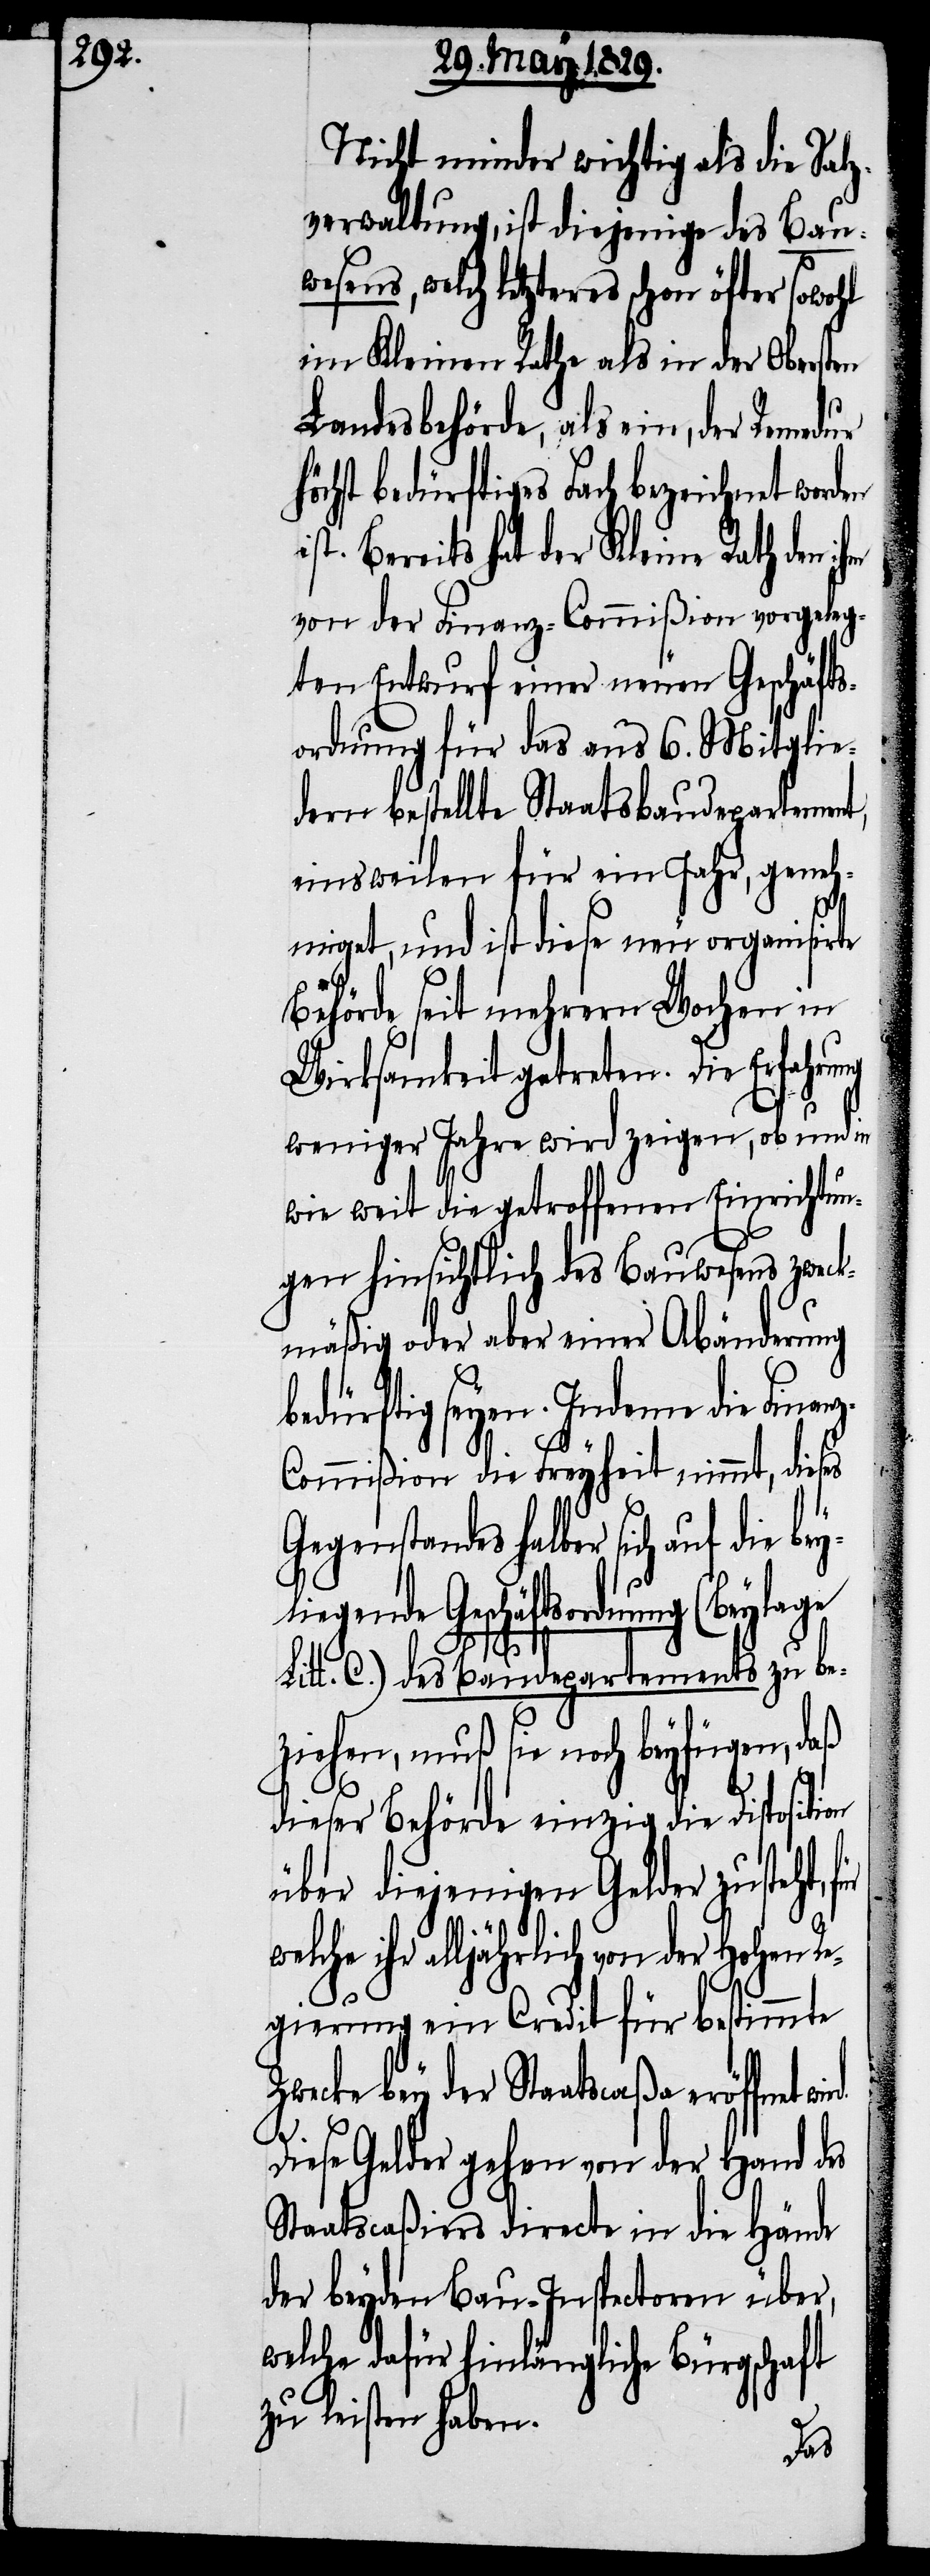
Nicht minder wichtig als die Salz¬
verwaltung, ist diejenige des Bau¬
es letzteres schon öfter sowohl
im Kleinen Rathe als in der Obersten
Landesbehörde, als ein, der Remedur
öchst bedürftiges Fach bezeichnet word¬
t. Bereits hat der Kleine Rath den
von der Finanz-Commißion vorgeleg¬
ten Entwurf einer neuen Geschäfts¬
ordnung für das aus 6. Mitglie¬
dern bestellte Staatsbaudepartement,
einsweilen für ein Jahr, geneh¬
miget, und ist diese neu organisirte
Behörde seit mehrern Wochen in
Wirksamkeit getreten. Die Erfahrung
weniger Jahre wird zeigen, ob und in
wie weit die getroffenen Einrichtun¬
gen hinsichtlich des Bauwesens zweck¬
mäßig oder aber einer Abänderung
bedürftig seyen. Indeme die Fina¬
n¬
z-Commißion die Freyheit nimmt, dieses
r sich auf die bey¬
liegende Geschäftsordnung (Beylage
is¬
Litt. C.) des Baudepartements zu be¬
ziehen, muß sie noch beyfügen, daß
dieser Behörde einzig die Disposition
en
über diejenigen Gelder zusteht,
ihr alljährlich von der Hohen R¬
egierung ein Credit für bestimmte
Zwecke bey der Staatscaßa eröffnet
Diese Gelder gehen von der Hand des
Staatscaßiers directe in die Hände
der beyden Bau-Inspectoren über,
welche dafür hinlängliche Bürgschaft
zu leisten haben.